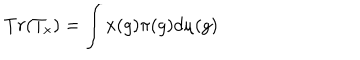
T r ( T _ { x } ) = \int x ( g ) \pi ( g ) d \mu ( g )